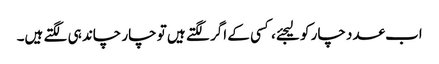
اب عدد چار کو لیجئے، کسی کے اگر لگتے ہیں تو چار چاند ہی لگتے ہیں۔